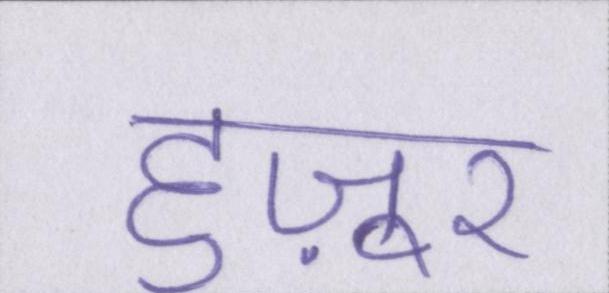
हुज़ूर